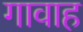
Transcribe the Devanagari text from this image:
गावाह